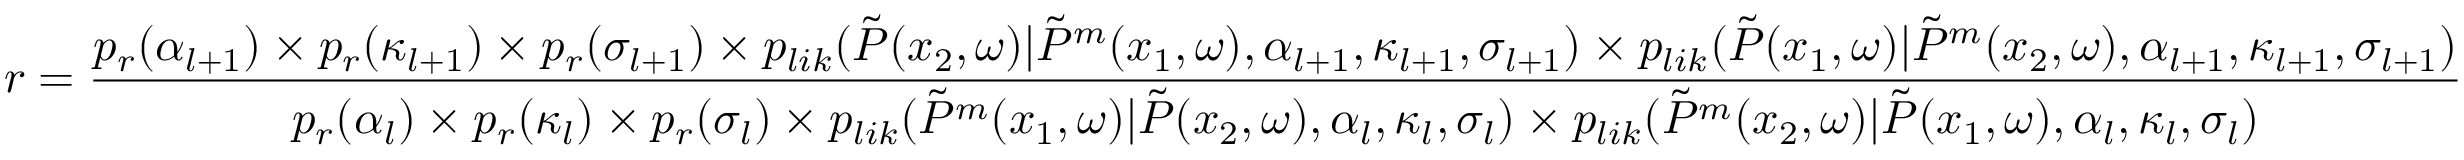
r = \frac { p _ { r } ( \alpha _ { l + 1 } ) \times p _ { r } ( \kappa _ { l + 1 } ) \times p _ { r } ( \sigma _ { l + 1 } ) \times p _ { l i k } ( \Tilde { P } ( x _ { 2 } , \omega ) | \Tilde { P } ^ { m } ( x _ { 1 } , \omega ) , \alpha _ { l + 1 } , \kappa _ { l + 1 } , \sigma _ { l + 1 } ) \times p _ { l i k } ( \Tilde { P } ( x _ { 1 } , \omega ) | \Tilde { P } ^ { m } ( x _ { 2 } , \omega ) , \alpha _ { l + 1 } , \kappa _ { l + 1 } , \sigma _ { l + 1 } ) } { p _ { r } ( \alpha _ { l } ) \times p _ { r } ( \kappa _ { l } ) \times p _ { r } ( \sigma _ { l } ) \times p _ { l i k } ( \Tilde { P } ^ { m } ( x _ { 1 } , \omega ) | \Tilde { P } ( x _ { 2 } , \omega ) , \alpha _ { l } , \kappa _ { l } , \sigma _ { l } ) \times p _ { l i k } ( \Tilde { P } ^ { m } ( x _ { 2 } , \omega ) | \Tilde { P } ( x _ { 1 } , \omega ) , \alpha _ { l } , \kappa _ { l } , \sigma _ { l } ) }